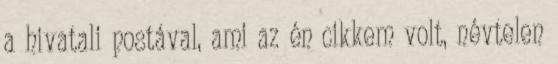
a hivatali postával, ami az én cikkem volt, névtelen